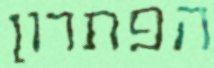
הפתרון